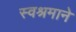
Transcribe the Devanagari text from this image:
स्वश्रमाने